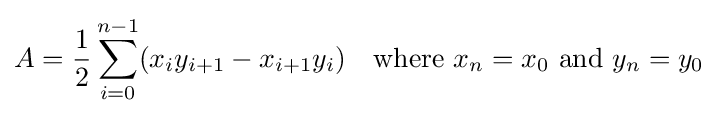
A={\frac {1}{2}}\sum _{i=0}^{n-1}(x_{i}y_{i+1}-x_{i+1}y_{i})\quad {\text{where }}x_{n}=x_{0}{\text{ and }}y_{n}=y_{0}